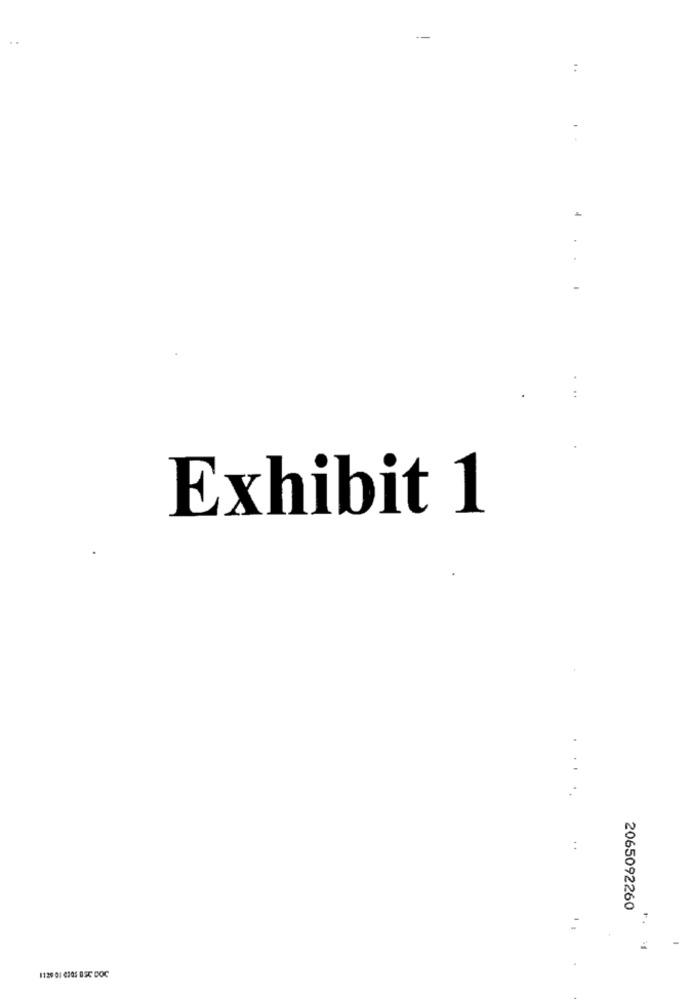
:
£
. .
Exhibit 1
2065092260